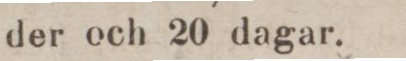
der och 20 dagar.